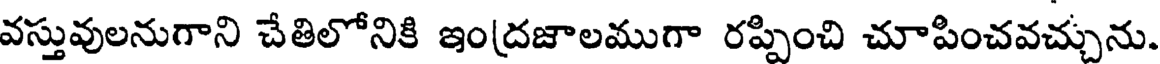
వస్తువులనుగాని చేతిలోనికి ఇంద్రజాలముగా రప్పించి చూపించవచ్చును.